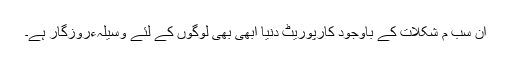
اِن سب م شکلات کے باوجود کارپوریٹ دنیا ابھی بھی لوگوں کے لئے وسیلہءروزگار ہے۔